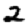
Digit: 2